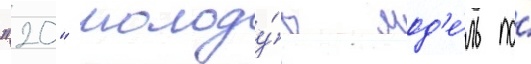
"20" молоду́ю мод'е́ль по́